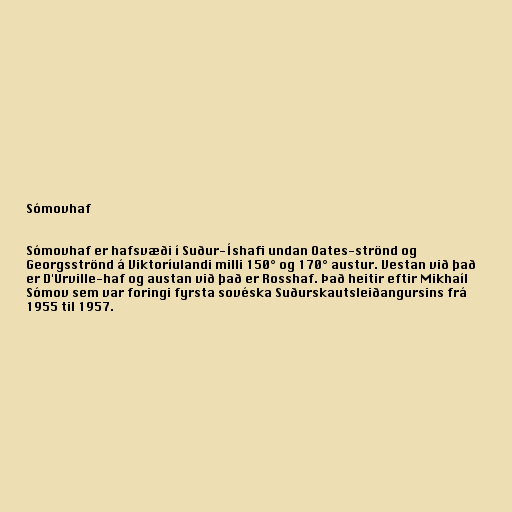
Sómovhaf

Sómovhaf er hafsvæði í Suður-Íshafi undan Oates-strönd og
Georgsströnd á Viktoríulandi milli 150° og 170° austur. Vestan við það
er D'Urville-haf og austan við það er Rosshaf. Það heitir eftir Mikhaíl
Sómov sem var foringi fyrsta sovéska Suðurskautsleiðangursins frá
1955 til 1957.